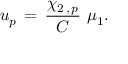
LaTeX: u _ { p } \, = \, { \frac { \chi _ { 2 \, , \, p } } { C } } \, \, \mu _ { 1 } .